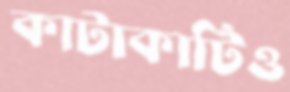
কাটাকাটিও